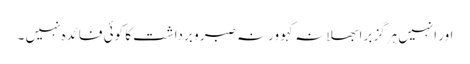
اور انہیں ہرگز برا بھلا نہ کہو ورنہ صبر و برداشت کا کوئی فائدہ نہیں ۔